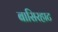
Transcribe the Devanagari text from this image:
बासिरहाट